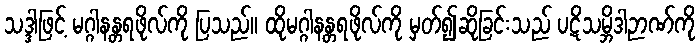
သဒ္ဒါဖြင့် မဂ္ဂါနန္တရဖိုလ်ကို ပြသည်။ ထိုမဂ္ဂါနန္တရဖိုလ်ကို မှတ်၍ဆိုခြင်းသည် ပဋိသမ္ဘိဒါဉာဏ်ကို